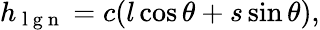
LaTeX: h_{\mathrm{~l~g~n~}}=c(l\cos\theta+s\sin\theta),